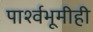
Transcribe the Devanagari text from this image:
पार्श्वभूमीही